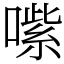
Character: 㗪